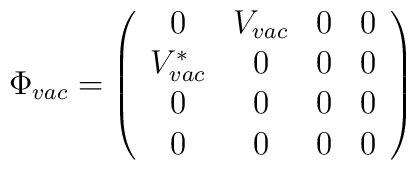
\Phi _{vac}  = \left( \begin{array}{cccc}0&V_{vac}&0&0\\V^*_{vac} &0&0&0\\0&0&0&0\\0&0&0&0\end{array} \right)